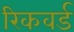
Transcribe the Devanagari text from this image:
रिकवर्ड